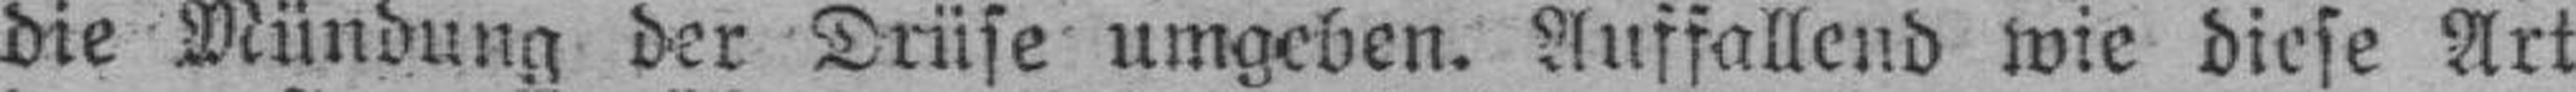
die Mündung der Drüse umgeben. Auffallend wie diese Art